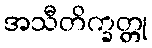
အသီတိက္ခတ္တု